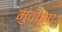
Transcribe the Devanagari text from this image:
मुदप्पा